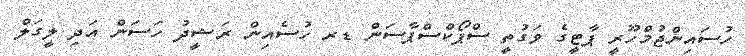
ހުސައިންޖުމްހޫރީ ޕާޓީގެ ވަގުތީ ސްޕޯކްސްޕާސަން ޑރ ހުސެއިން ރަޝީދު ހަސަން އަދި ލީގަލް